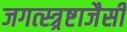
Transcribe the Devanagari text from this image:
जगत्स्त्र्रष्टाजैसी